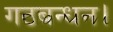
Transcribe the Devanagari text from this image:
गठबन्धन।